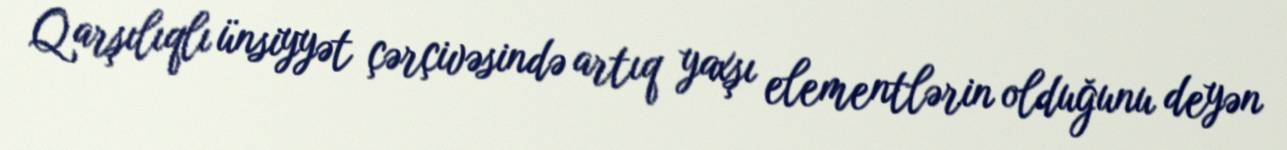
Qarşılıqlı ünsiyyət çərçivəsində artıq yaxşı elementlərin olduğunu deyən